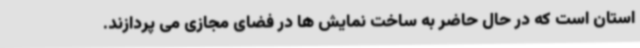
استان است که در حال حاضر به ساخت نمایش ها در فضای مجازی می پردازند.